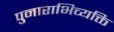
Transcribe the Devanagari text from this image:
पुनाराभिव्यक्ति